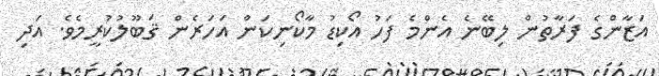
އަޒާންގެ ފަރާތުން ލިބޭނެ އެންމެ ފަހު އޯކިޑު މާކޯނިކަން އަހަރެން ޤަބޫލުކުރީމެވެ. އަދި